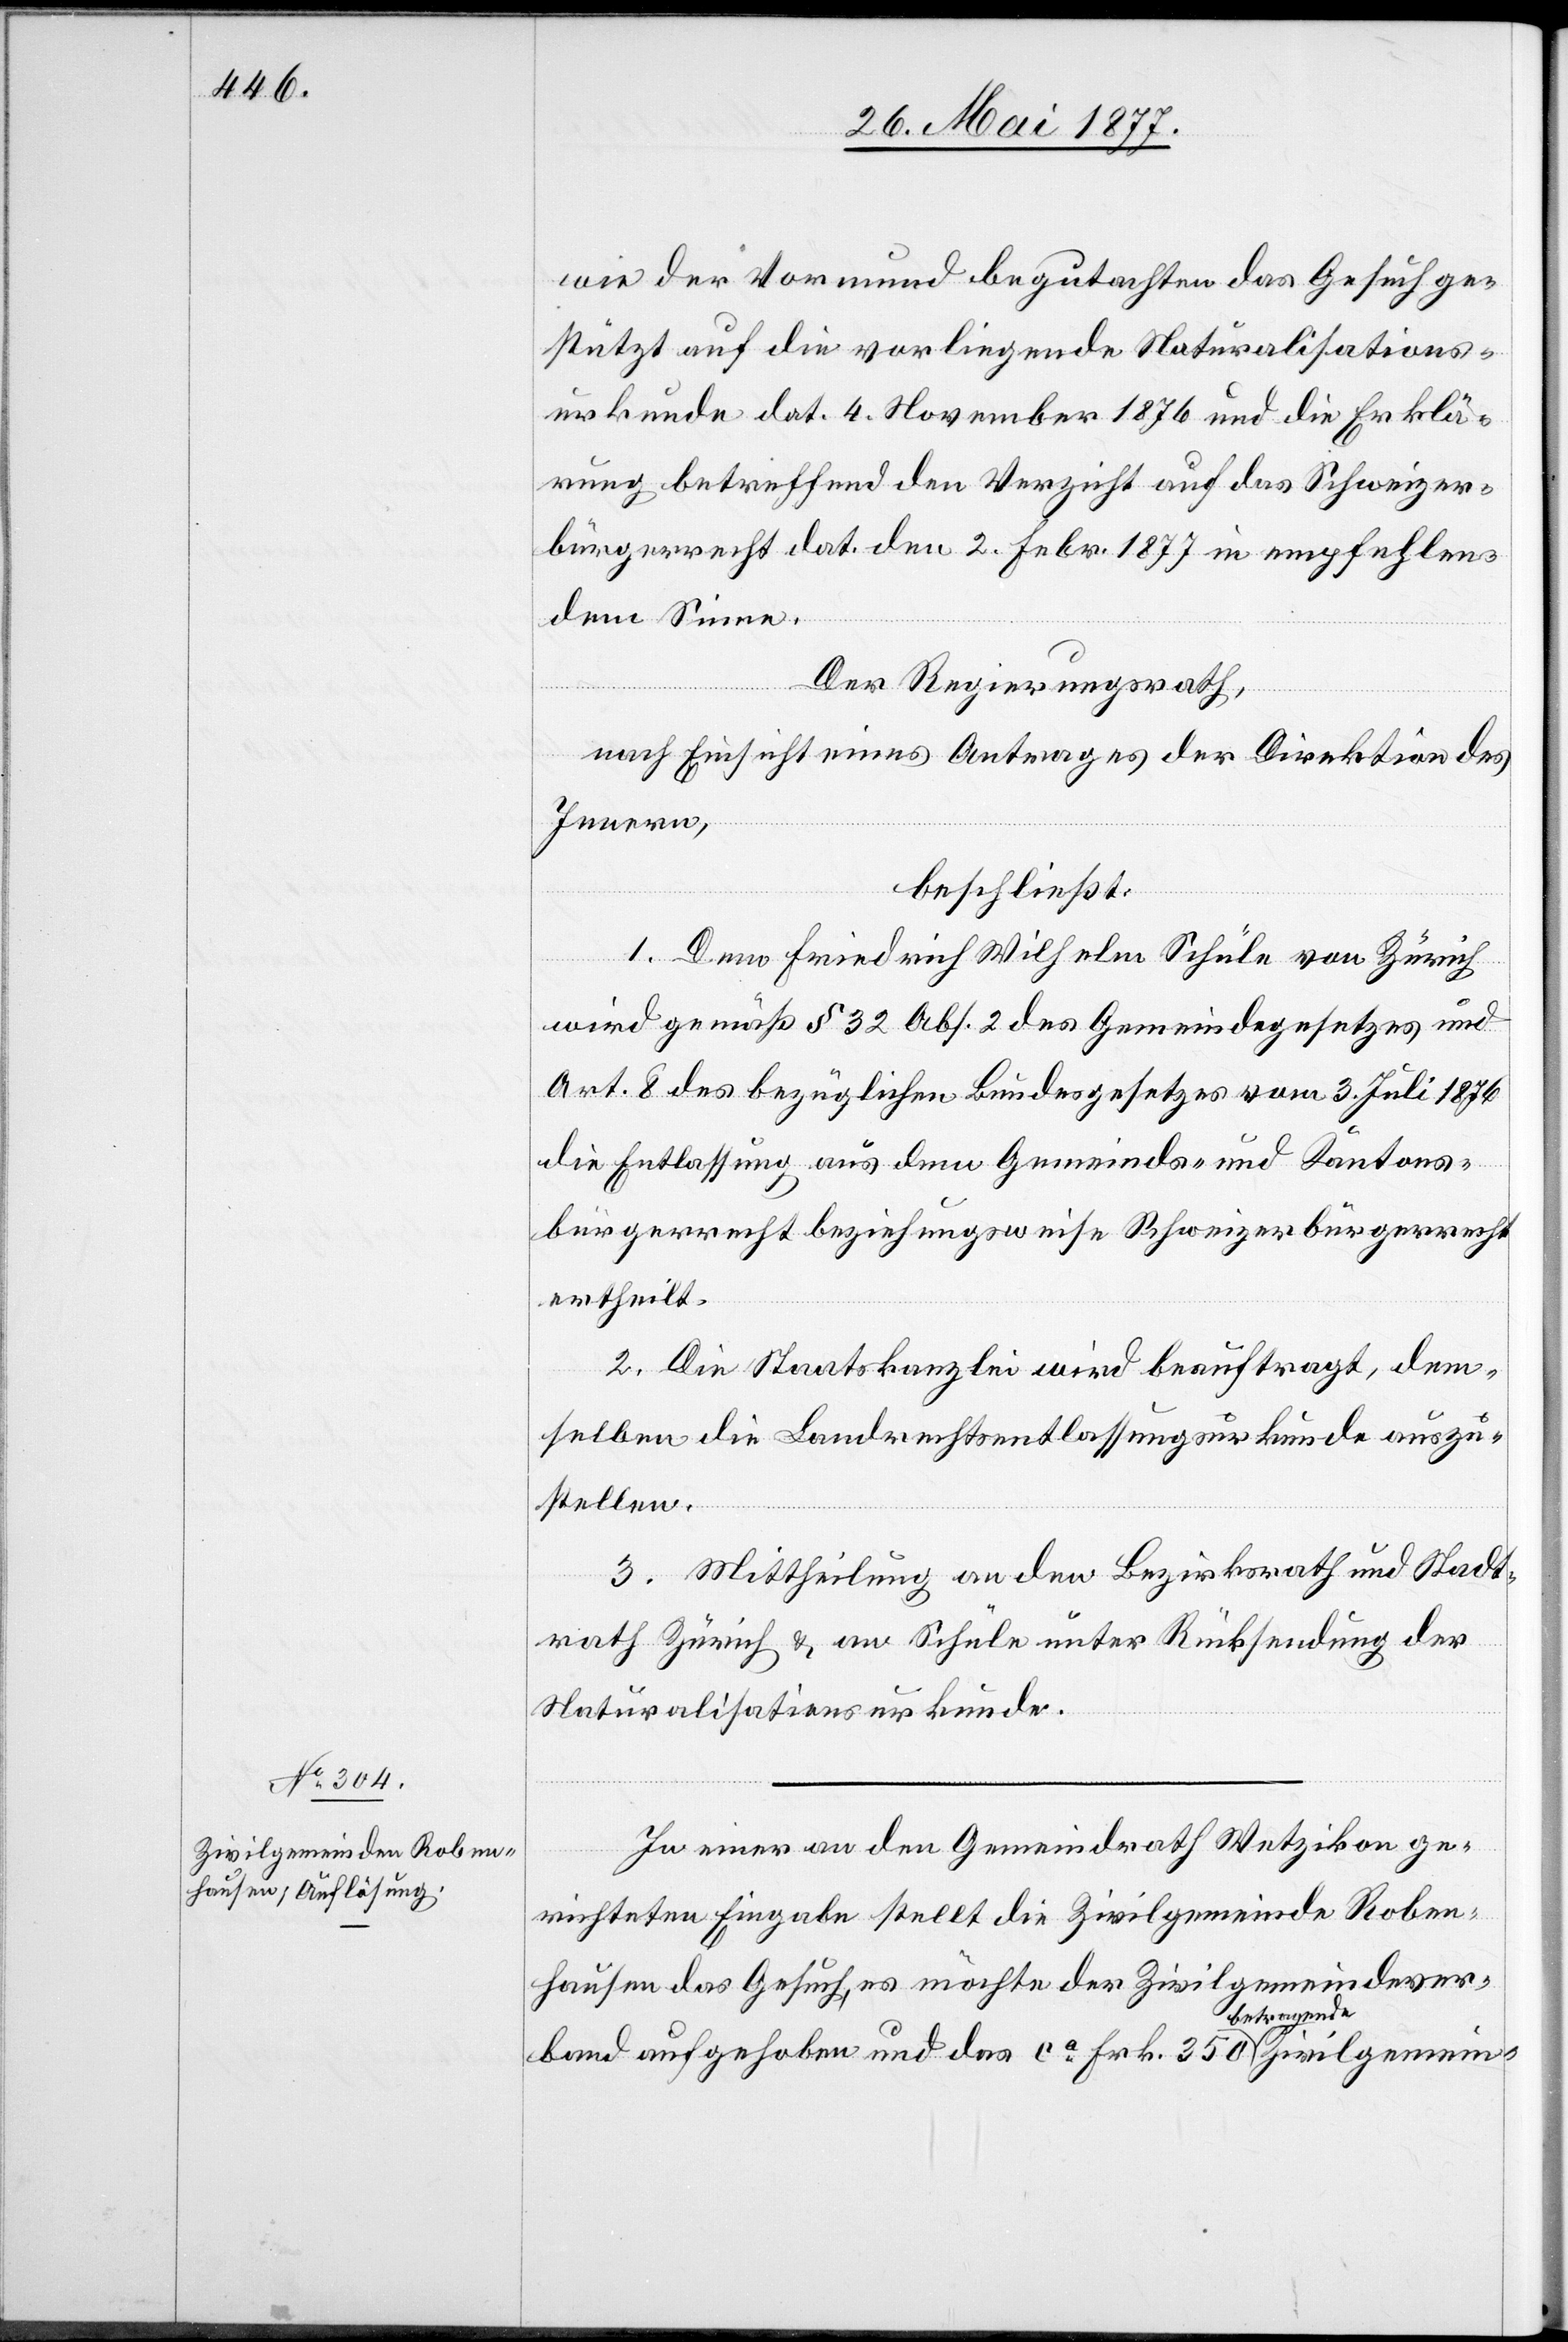
wie der Vormund begutachten das Gesuch ge¬
stützt auf die vorliegende Naturalisations¬
urkunde dat. 4. November 1876 und die Erklä¬
rung betreffend den Verzicht auf das Schweizer¬
bürgerrecht dat. den 2. Febr. 1877 in empfehlen¬
dem Sinne.
Der Regierungsrath,
nach Einsicht eines Antrages der Direktion des
Innern,
beschließt:
1. Dem Friedrich Wilhelm Schüle von Zürich
wird gemäß § 32 Abs. 2 des Gemeindegesetzes und
Art. 8 des bezüglichen Bundesgesetzes vom 3. Juli 1876
die Entlassung aus dem Gemeinds- und Kantons¬
bürgerrecht beziehungsweise Schweizerbürgerrecht
ertheilt.
2. Die Staatskanzlei wird beauftragt, dem¬
selben die Landrechtsentlassungsurkunde auszu¬
stellen.
3. Mittheilung an den Bezirksrath und Stadt¬
rath Zürich & an Schüle unter Rücksendung der
Naturalisationsurkunde.
In einer an den Gemeindrath Wetzikon ge¬
richteten Eingabe stellt die Zivilgemeinde Roben¬
hausen das Gesuch, es möchte der Zivilgemeindever¬
band aufgehoben und das ca Frk. 350 betragende Zivilgemein-